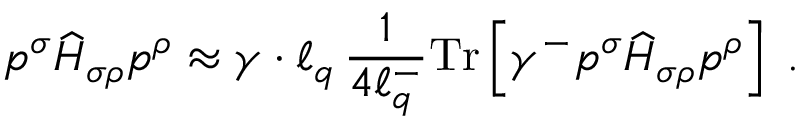
p ^ { \sigma } \widehat { H } _ { \sigma \rho } p ^ { \rho } \approx \gamma \cdot \ell _ { q } \, \frac { 1 } { 4 \ell _ { q } ^ { - } } \mathrm { T r } \left[ \gamma ^ { - } p ^ { \sigma } \widehat { H } _ { \sigma \rho } p ^ { \rho } \right] \; .